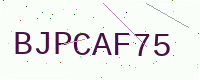
Text: BJPCAF75